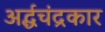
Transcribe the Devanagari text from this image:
अर्द्धचंद्रकार